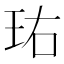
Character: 𬍘